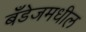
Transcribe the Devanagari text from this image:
बँडेजमधील